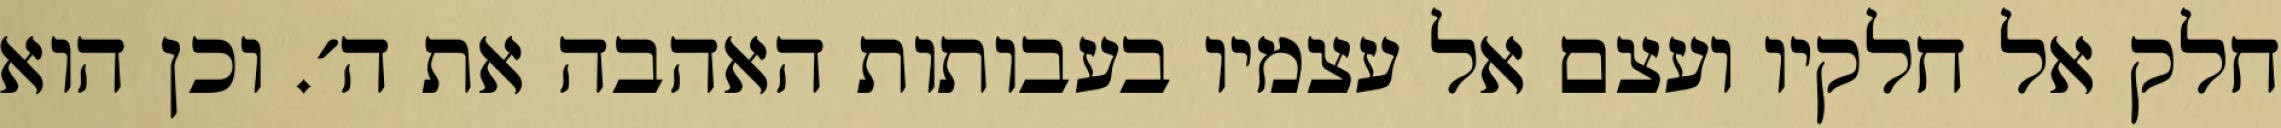
חלק אל חלקיו ועצם אל עצמיו בעבותות האהבה את ה׳. וכן הוא